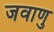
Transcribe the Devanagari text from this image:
जवाणु